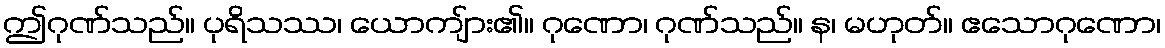
ဤဂုဏ်သည်။ ပုရိသဿ၊ ယောကျ်ား၏။ ဂုဏော၊ ဂုဏ်သည်။ န၊ မဟုတ်။ ဧသောဂုဏော၊